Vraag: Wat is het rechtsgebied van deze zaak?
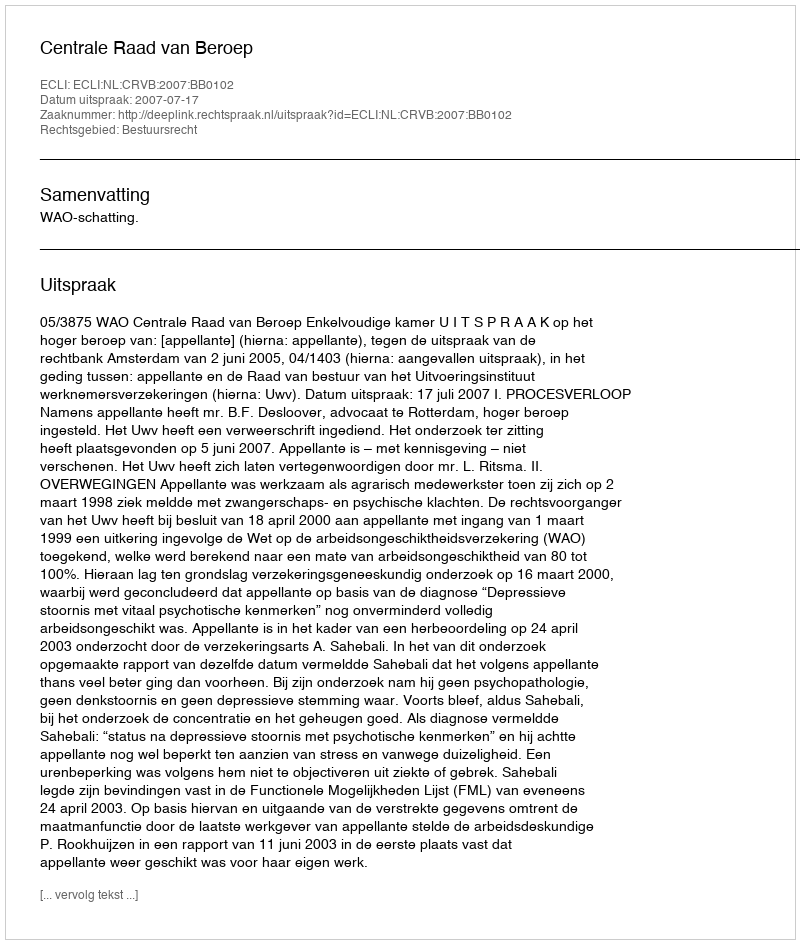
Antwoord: Bestuursrecht